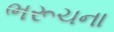
ભરૂચના